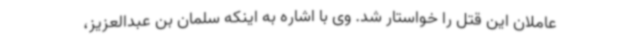
عاملان این قتل را خواستار شد. وی با اشاره به اینکه سلمان بن عبدالعزیز،